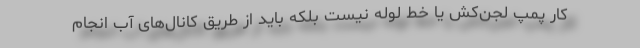
کار پمپ لجن‌کش یا خط لوله نیست بلکه باید از طریق کانال‌های آب انجام